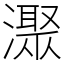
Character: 㵵